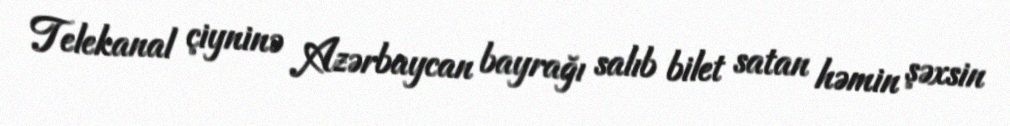
Telekanal çiyninə Azərbaycan bayrağı salıb bilet satan həmin şəxsin